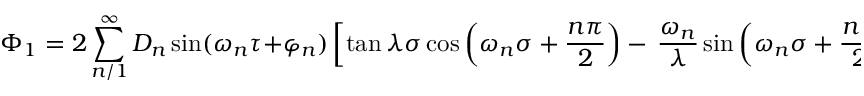
\Phi _ { 1 } = 2 \sum _ { n / 1 } ^ { \infty } D _ { n } \sin ( \omega _ { n } \tau + \varphi _ { n } ) \left[ \tan \lambda \sigma \cos \left( \omega _ { n } \sigma + \frac { n \pi } { 2 } \right) - \, \frac { \omega _ { n } } { \lambda } \sin \left( \omega _ { n } \sigma + \frac { n \pi } { 2 } \right) \right] ,